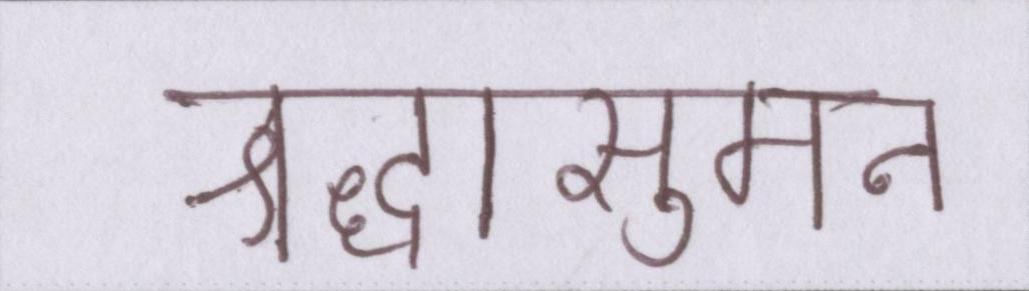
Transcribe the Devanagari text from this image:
श्रद्धासुमन